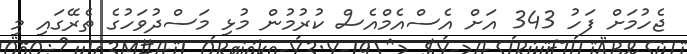
ޖެހުމަށް ފަހު 343 އަށް އެސްއެމްއެސް ކުރުމުން މުޅި މަސްދުވަހުގެ ތެރޭގައި މި